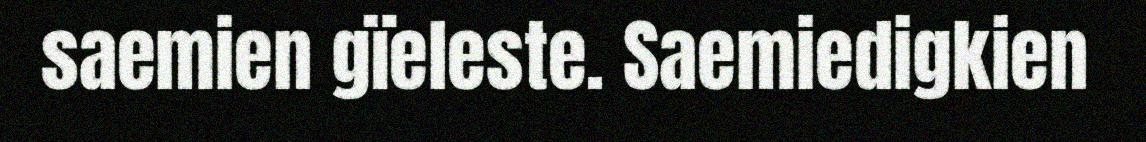
saemien gïeleste. Saemiedigkien